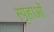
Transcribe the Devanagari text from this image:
स्पृहाओं